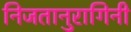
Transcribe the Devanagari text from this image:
निजतानुरागिनी